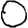
Digit: 0